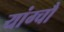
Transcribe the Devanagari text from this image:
यांग्चौ